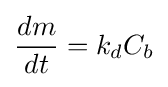
{\frac {dm}{dt}}={k_{d}}C_{b}